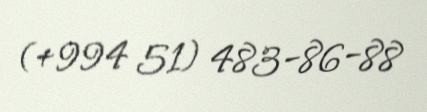
(+994 51) 483-86-88